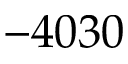
- 4 0 3 0